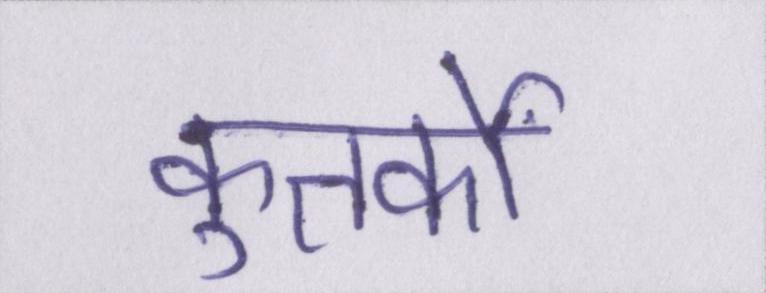
कुतर्कों